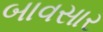
બાવસાર